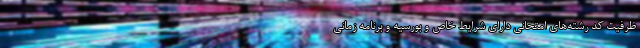
ظرفیت کد رشته‌های امتحانی دارای شرایط خاص و بورسیه و برنامه زمانی